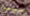
سيمز